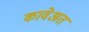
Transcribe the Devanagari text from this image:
कावेअत